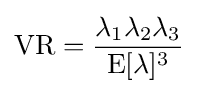
\mathrm {VR} ={\frac {\lambda _{1}\lambda _{2}\lambda _{3}}{\operatorname {E} [\lambda ]^{3}}}